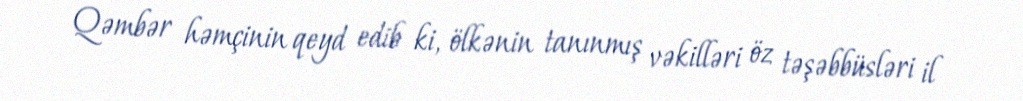
Qəmbər həmçinin qeyd edib ki, ölkənin tanınmış vəkilləri öz təşəbbüsləri il